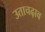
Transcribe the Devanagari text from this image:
उताचढ़ाव